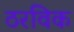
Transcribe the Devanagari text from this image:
ठरविक